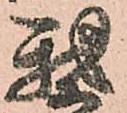
我